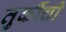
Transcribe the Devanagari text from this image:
तुर्कीची